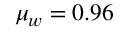
\mu _ { w } = 0 . 9 6